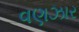
વણઝાર